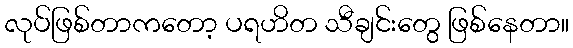
လုပ်ဖြစ်တာကတော့ ပရဟိတ သီချင်းတွေ ဖြစ်နေတာ။